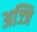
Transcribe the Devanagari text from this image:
अज्जि